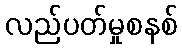
လည်ပတ်မှုစနစ်